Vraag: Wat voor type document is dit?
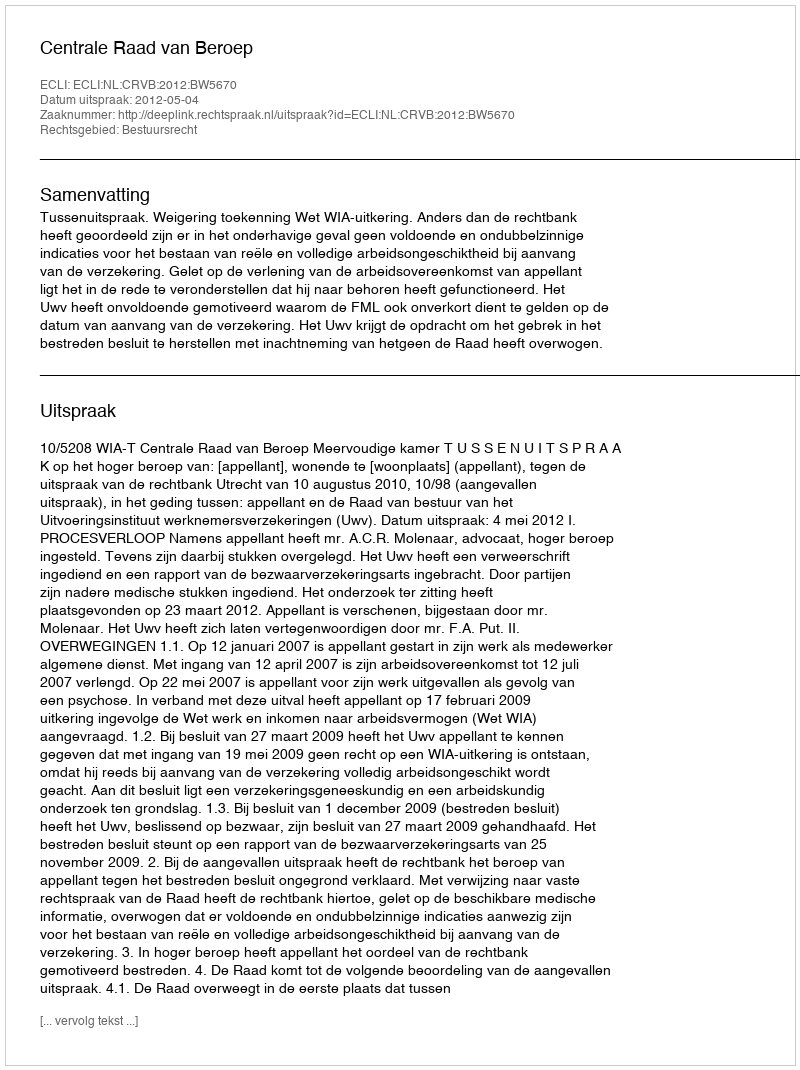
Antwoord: Uitspraak